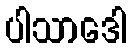
ပါသာဒေါ